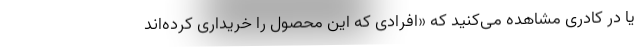
یا در کادری مشاهده می‌کنید که «افرادی که این محصول را خریداری کرده‌اند